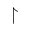
\upharpoonright